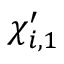
\chi _ { i , 1 } ^ { \prime }